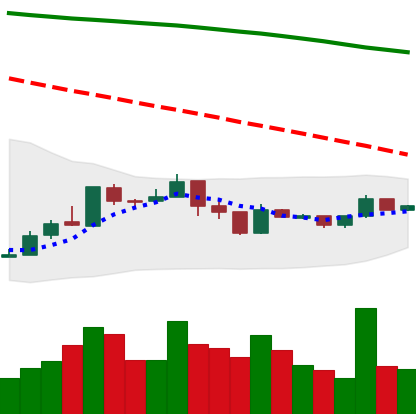
Ticker: XMR-USD
Chart end date: 2019-01-04
Forward return: 4.114%
Label: up_3_5